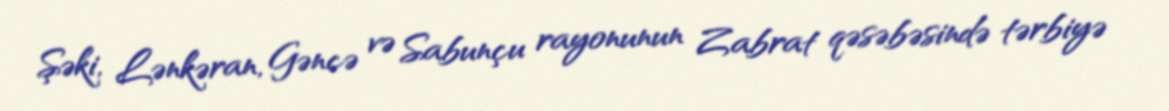
Şəki, Lənkəran, Gəncə və Sabunçu rayonunun Zabrat qəsəbəsində tərbiyə